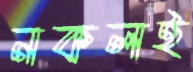
নকলই